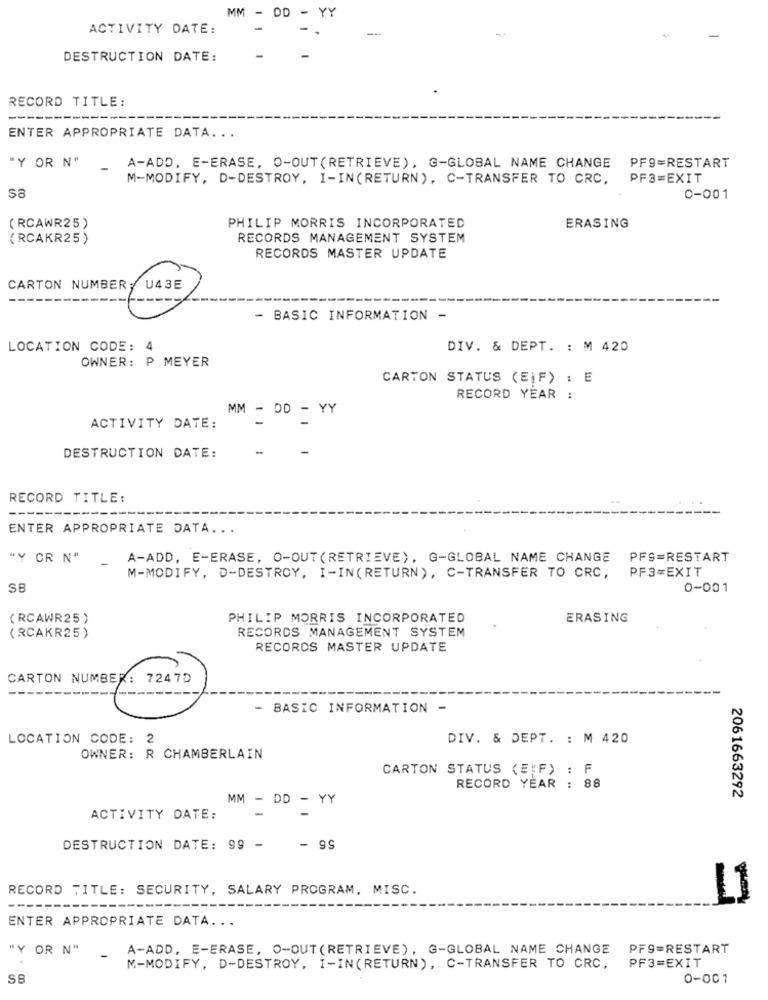
MM
OD
YY
ACTIVITY DATE:
-
DESTRUCTION DATE:
RECORD TITLE:
ENTER APPROPRIATE DATA ...
"Y OR N"
-
A-ADD, E-ERASE, O-OUT(RETRIEVE), G-GLOBAL NAME CHANGE PF9=RESTART
M-MODIFY, D-DESTROY, I-IN(RETURN), C-TRANSFER TO CRC,
PF3=EXIT
SE
0-001
( RCAWR25)
PHILIP MORRIS INCORPORATED
ERASING
(RCAKR25)
RECORDS MANAGEMENT SYSTEM
RECORDS MASTER UPDATE
CARTON NUMBER
- BASIC INFORMATION -
LOCATION CODE:
DIV. & DEPT. : M 420
OWNER: P MEYER
CARTON STATUS (EIF) : E
RECORD YEAR :
MM - DD - YY
ACTIVITY DATE:
-
DESTRUCTION DATE:
RECORD TITLE:
----
ENTER APPROPRIATE DATA ...
"Y OR N"
A-ADD, E-ERASE, O-OUT (RETRIEVE), G-GLOBAL NAME CHANGE
PFS=RESTART
PF3=EXIT
M-MODIFY, D-DESTROY, I-IN(RETURN), C-TRANSFER TO CRC,
SE
0-001
( RCAWR25 )
PHILIP MORRIS INCORPORATED
ERASING
RECORDS MANAGEMENT SYSTEM
( RCAKR25)
RECORDS MASTER UPDATE
CARTON NUMBER: 7247D
72470
- BASIC INFORMATION -
LOCATION CODE: 2
DIV. & DEPT. : M 420
OWNER: R CHAMBERLAIN
CARTON STATUS (E;F) : F
RECORD YEAR : 88
MM -
D - YY
2061663292
ACTIVITY DATE:
DESTRUCTION DATE: 99 -
- 99
RECORD TITLE: SECURITY, SALARY PROGRAM, MISC.
L1
ENTER APPROPRIATE DATA ...
"Y OR N"
A-ADD, E-ERASE, O-OUT (RETRIEVE), G-GLOBAL NAME CHANGE
PF9=RESTART
M-MODIFY, D-DESTROY, I-IN(RETURN), C-TRANSFER TO CRC,
PF3=EXIT
SB
0-001